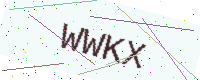
Text: WWKX